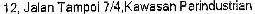
12,JALAN TAMPOI 7/4,KAWASAN PERINDUSTRIAN